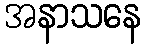
အနာသနေ